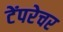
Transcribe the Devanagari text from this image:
टेंपरेचर